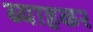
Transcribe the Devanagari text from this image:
ब्याहकर